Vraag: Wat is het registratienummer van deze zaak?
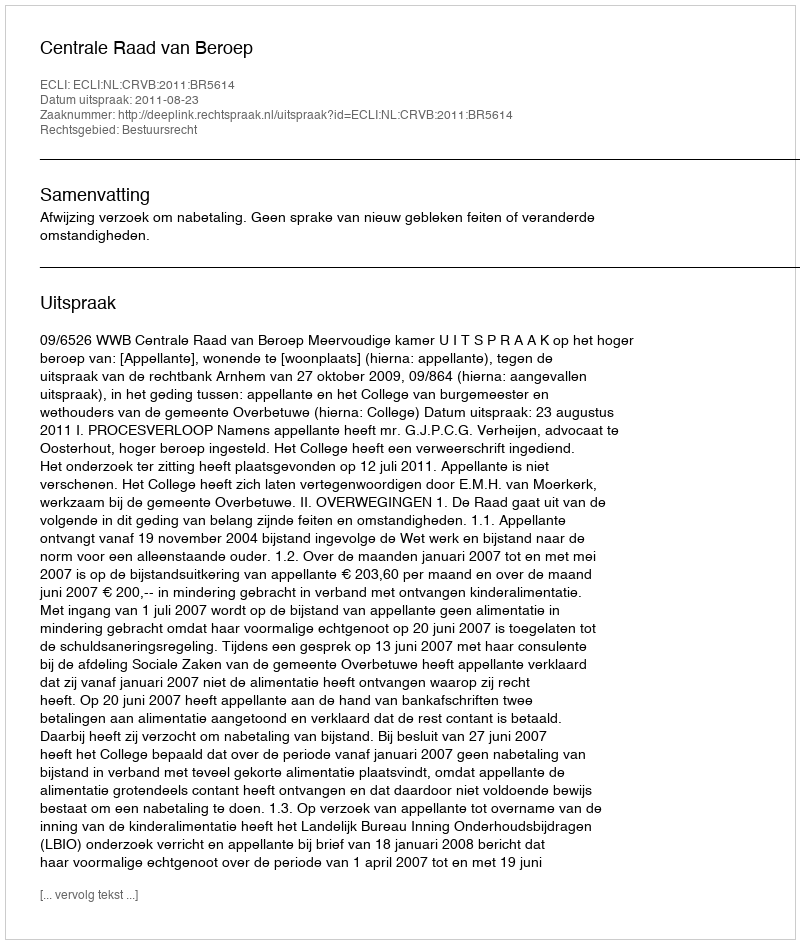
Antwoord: http://deeplink.rechtspraak.nl/uitspraak?id=ECLI:NL:CRVB:2011:BR5614